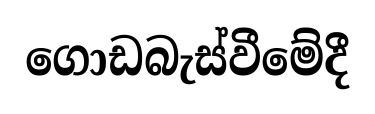
ගොඩබැස්වීමේදී